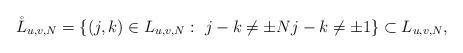
LaTeX: \begin{align*}\mathring{L}_{u,v,N}=\{(j,k)\in L_{u,v,N}:\ j-k\neq\pm Nj-k\neq\pm1\}\subset L_{u,v,N},\end{align*}